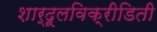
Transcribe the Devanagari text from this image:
शार्दूलविक्रीडिती